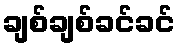
ချစ်ချစ်ခင်ခင်